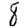
Digit: 8